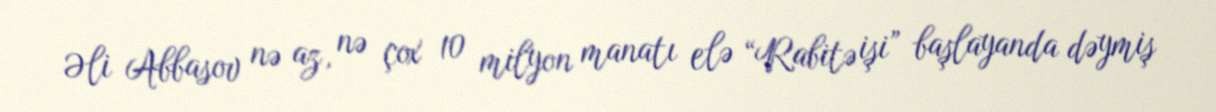
Əli Abbasov nə az, nə çox 10 milyon manatı elə “Rabitə işi” başlayanda dəymiş